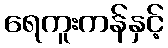
ရေကူးကန်နှင့်